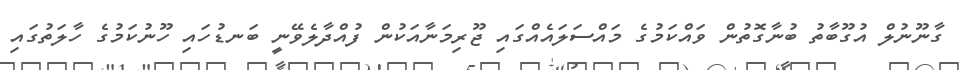
ގާނޫނުލް އުގޫބާތު ބުނާގޮތުން ވައްކަމުގެ މައްސަލައެއްގައި ޖޫރިމަނާއަކުން ފުއްދާލެވޭނީ ބަނޑުހައި ހޫނުކަމުގެ ހާލަތުގައި